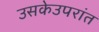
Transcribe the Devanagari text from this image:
उसकेउपरांत